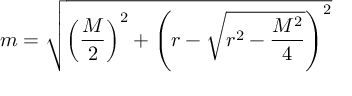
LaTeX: { } m = { \sqrt { \left( { \frac { M } { 2 } } \right) ^ { 2 } + \left( r - { \sqrt { r ^ { 2 } - { \frac { M ^ { 2 } } { 4 } } } } \right) ^ { 2 } } }